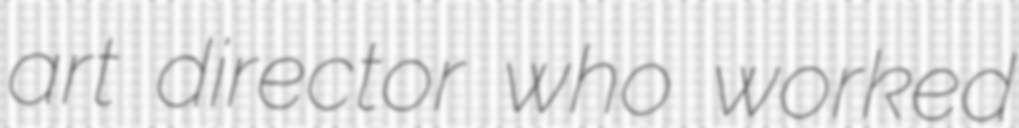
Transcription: art director who worked